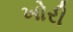
ખોરી